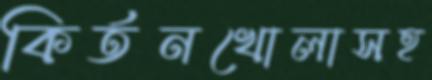
কির্তনখোলাসহ